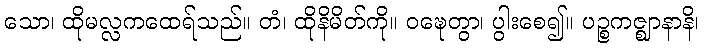
သော၊ ထိုမလ္လကထေရ်သည်။ တံ၊ ထိုနိမိတ်ကို။ ဝဍ္ဎေတွာ၊ ပွါးစေ၍။ ပဉ္စကဇ္ဈာနာနိ၊